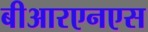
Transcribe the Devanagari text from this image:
बीआरएनएस